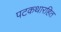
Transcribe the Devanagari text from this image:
पटकथारहित